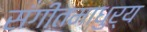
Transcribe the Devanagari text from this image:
संगीतमाधुर्य